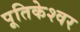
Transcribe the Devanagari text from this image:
पूतिकेश्वर